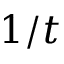
1 / t